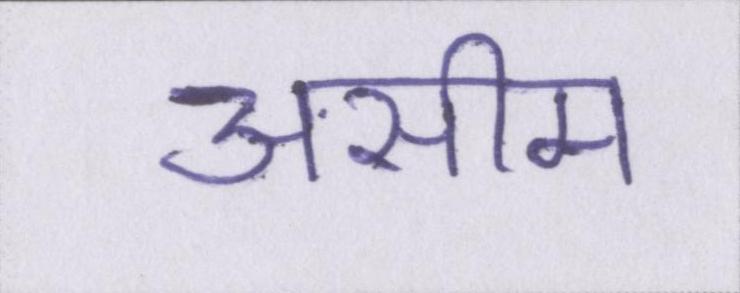
असीम